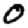
Digit: 0